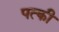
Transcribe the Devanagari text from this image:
पत्‍की